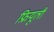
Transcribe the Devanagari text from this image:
फ्रियूली